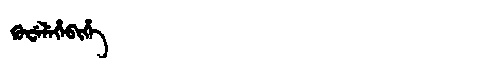
Manchu: ᡴᡠᠸᡝᠯᡝᡥᡝᠪᡳᡥᡝ
Romanization: KUWELEHEBIHE